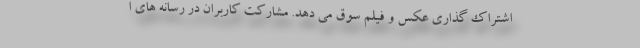
اشتراک گذاری عکس و فیلم سوق می دهد. مشارکت کاربران در رسانه های ا